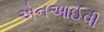
એનઆઈવી